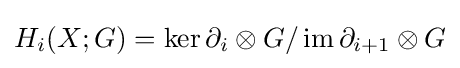
H_{i}(X;G)=\ker \partial _{i}\otimes G/\operatorname {im} \partial _{i+1}\otimes G